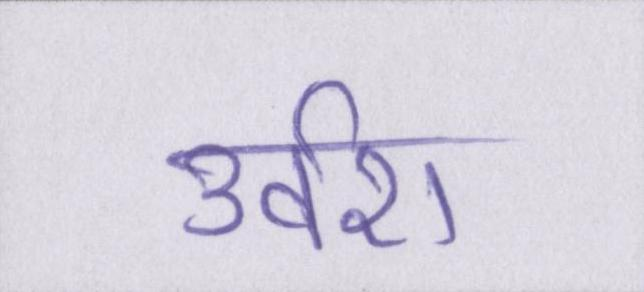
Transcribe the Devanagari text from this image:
उर्वरा